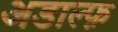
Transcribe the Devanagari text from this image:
अडाल्फ़